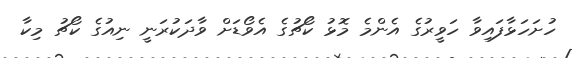
ހުށަހަޅާފައިވާ ހަވީރުގެ އެންމެ މޮޅު ކޯޗުގެ އެވޯޑަށް ވާދަކުރަނީ ނިއުގެ ކޯޗު މިކާ